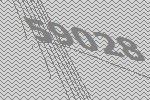
59028